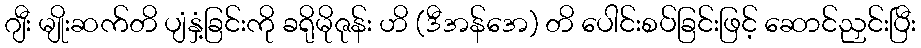
ဂျီး မျိုးဆက်တိ ပျံနှံ့ခြင်းကို ခရိုမိုဇုန်း ဟိ (ဒီအန်အေ) တိ ပေါင်းစပ်ခြင်းဖြင့် ဆောင်ညှင်းပြီး